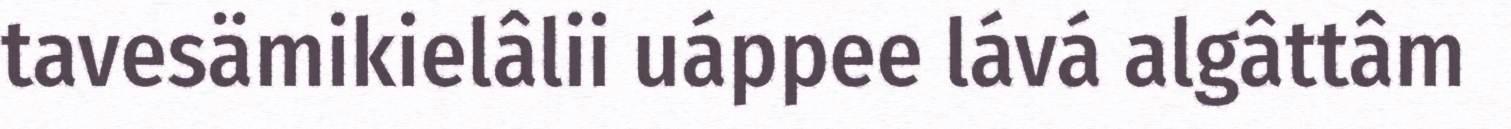
tavesämikielâlii uáppee lává algâttâm